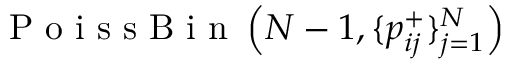
\mathrm { ~ P ~ o ~ i ~ s ~ s ~ B ~ i ~ n ~ } \left( N - 1 , \{ p _ { i j } ^ { + } \} _ { j = 1 } ^ { N } \right)